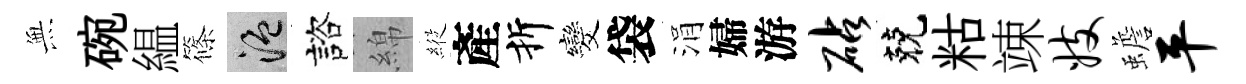
𭴾碗緼篠温諮綿𦂵產折发袋涓婦游砧兢䊀竦妓蟾平